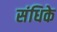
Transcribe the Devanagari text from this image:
संधिके